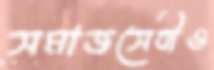
সমাজসেবীও